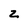
Character: z